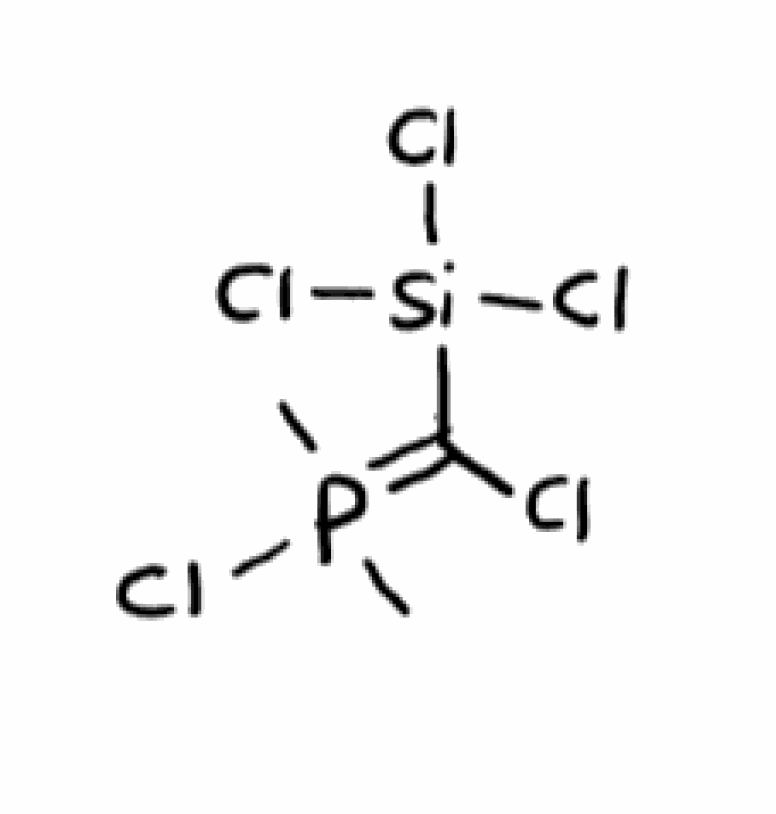
Simplified molecular-input line-entry system (SMILES) notation of the given molecule:
CP(=C([Si](Cl)(Cl)Cl)Cl)(C)Cl